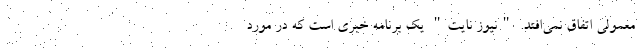
معمولی اتفاق نمی‌افتد. "نیوز نایت" یک برنامه خبری است که در مورد